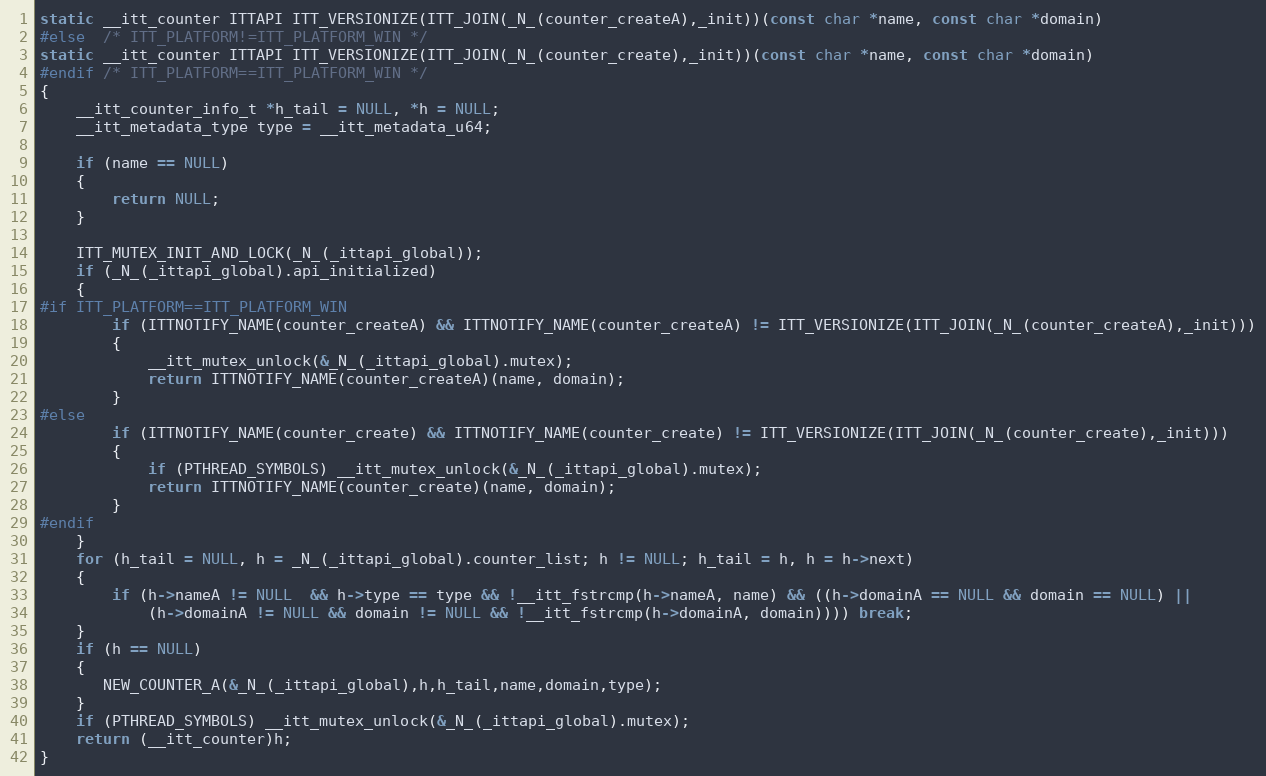
Language: C
static __itt_counter ITTAPI ITT_VERSIONIZE(ITT_JOIN(_N_(counter_createA),_init))(const char *name, const char *domain)
#else  /* ITT_PLATFORM!=ITT_PLATFORM_WIN */
static __itt_counter ITTAPI ITT_VERSIONIZE(ITT_JOIN(_N_(counter_create),_init))(const char *name, const char *domain)
#endif /* ITT_PLATFORM==ITT_PLATFORM_WIN */
{
    __itt_counter_info_t *h_tail = NULL, *h = NULL;
    __itt_metadata_type type = __itt_metadata_u64;

    if (name == NULL)
    {
        return NULL;
    }

    ITT_MUTEX_INIT_AND_LOCK(_N_(_ittapi_global));
    if (_N_(_ittapi_global).api_initialized)
    {
#if ITT_PLATFORM==ITT_PLATFORM_WIN
        if (ITTNOTIFY_NAME(counter_createA) && ITTNOTIFY_NAME(counter_createA) != ITT_VERSIONIZE(ITT_JOIN(_N_(counter_createA),_init)))
        {
            __itt_mutex_unlock(&_N_(_ittapi_global).mutex);
            return ITTNOTIFY_NAME(counter_createA)(name, domain);
        }
#else
        if (ITTNOTIFY_NAME(counter_create) && ITTNOTIFY_NAME(counter_create) != ITT_VERSIONIZE(ITT_JOIN(_N_(counter_create),_init)))
        {
            if (PTHREAD_SYMBOLS) __itt_mutex_unlock(&_N_(_ittapi_global).mutex);
            return ITTNOTIFY_NAME(counter_create)(name, domain);
        }
#endif
    }
    for (h_tail = NULL, h = _N_(_ittapi_global).counter_list; h != NULL; h_tail = h, h = h->next)
    {
        if (h->nameA != NULL  && h->type == type && !__itt_fstrcmp(h->nameA, name) && ((h->domainA == NULL && domain == NULL) ||
            (h->domainA != NULL && domain != NULL && !__itt_fstrcmp(h->domainA, domain)))) break;
    }
    if (h == NULL)
    {
       NEW_COUNTER_A(&_N_(_ittapi_global),h,h_tail,name,domain,type);
    }
    if (PTHREAD_SYMBOLS) __itt_mutex_unlock(&_N_(_ittapi_global).mutex);
    return (__itt_counter)h;
}